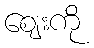
ဈေးကို